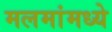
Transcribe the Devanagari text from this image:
मलमांमध्ये